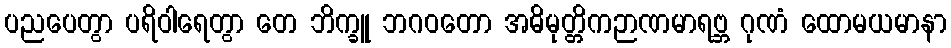
ပညပေတွာ ပရိဝါရေတွာ တေ ဘိက္ခူ ဘဂဝတော အဓိမုတ္တိကဉာဏမာရဗ္ဘ ဂုဏံ ထောမယမာနာ